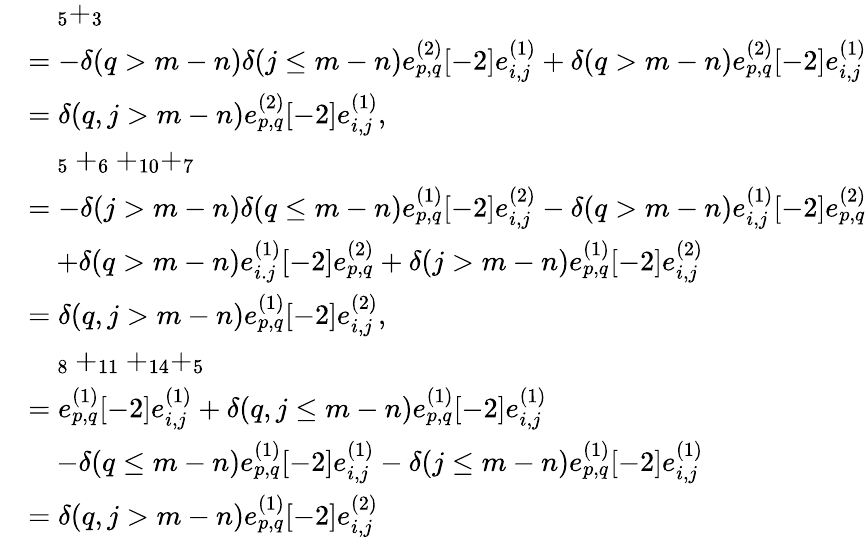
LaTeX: \begin{array}{rl}&{\quad_{5}+_{3}}\\ &{=-\delta(q>m-n)\delta(j\leq m-n)e_{p,q}^{(2)}[-2]e_{i,j}^{(1)}+\delta(q>m-n)e_{p,q}^{(2)}[-2]e_{i,j}^{(1)}}\\ &{=\delta(q,j>m-n)e_{p,q}^{(2)}[-2]e_{i,j}^{(1)},}\\ &{\quad_{5}+_{6}+_{10}+_{7}}\\ &{=-\delta(j>m-n)\delta(q\leq m-n)e_{p,q}^{(1)}[-2]e_{i,j}^{(2)}-\delta(q>m-n)e_{i,j}^{(1)}[-2]e_{p,q}^{(2)}}\\ &{\quad+\delta(q>m-n)e_{i.j}^{(1)}[-2]e_{p,q}^{(2)}+\delta(j>m-n)e_{p,q}^{(1)}[-2]e_{i,j}^{(2)}}\\ &{=\delta(q,j>m-n)e_{p,q}^{(1)}[-2]e_{i,j}^{(2)},}\\ &{\quad_{8}+_{11}+_{14}+_{5}}\\ &{=e_{p,q}^{(1)}[-2]e_{i,j}^{(1)}+\delta(q,j\leq m-n)e_{p,q}^{(1)}[-2]e_{i,j}^{(1)}}\\ &{\quad-\delta(q\leq m-n)e_{p,q}^{(1)}[-2]e_{i,j}^{(1)}-\delta(j\leq m-n)e_{p,q}^{(1)}[-2]e_{i,j}^{(1)}}\\ &{=\delta(q,j>m-n)e_{p,q}^{(1)}[-2]e_{i,j}^{(2)}}\end{array}